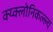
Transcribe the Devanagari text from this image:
क्य्क्लोनिकल्ल्य